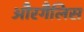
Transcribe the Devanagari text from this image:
औरगैलिस